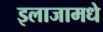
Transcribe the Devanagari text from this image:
इलाजामधे